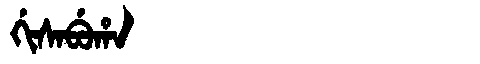
Manchu: ᡤᡳᠰᠠᠪᡠᡥᠠ
Romanization: GISABUHA